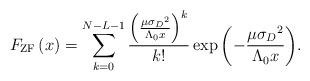
LaTeX: \begin{align*}{F_{\rm ZF}}\left( x \right) = \sum\limits_{k = 0}^{N - L - 1} {{{{ \left( { {{\mu {\sigma _D}^2} \over \Lambda_0 x}} \right)^k}} \over {k!}}\exp \left( { - {{\mu {\sigma _D}^2} \over \Lambda_0 x}} \right)} .\end{align*}